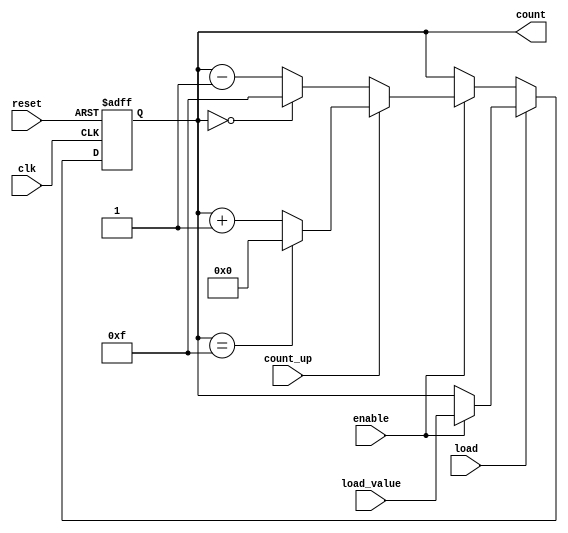
module synchronous_counter #(
    parameter N = 4 // Bit width of the counter
)(
    input wire clk,          // Clock signal
    input wire reset,        // Asynchronous reset signal
    input wire enable,       // Enable signal for counting
    input wire load,         // Load signal to load a predefined value
    input wire [N-1:0] load_value, // Value to load into the counter
    input wire count_up,     // Count up signal (1 for up, 0 for down)
    output reg [N-1:0] count // Current count value
);

    // Asynchronous reset
    always @(posedge clk or posedge reset) begin
        if (reset) begin
            count <= 0; // Reset count to 0
        end else if (load) begin
            if (enable) begin
                count <= load_value; // Load the specified value
            end
        end else if (enable) begin
            if (count_up) begin
                // Count up
                if (count == (1 << N) - 1) begin
                    count <= 0; // Wrap around to 0
                end else begin
                    count <= count + 1; // Increment count
                end
            end else begin
                // Count down
                if (count == 0) begin
                    count <= (1 << N) - 1; // Wrap around to max value
                end else begin
                    count <= count - 1; // Decrement count
                end
            end
        end
    end

endmodule